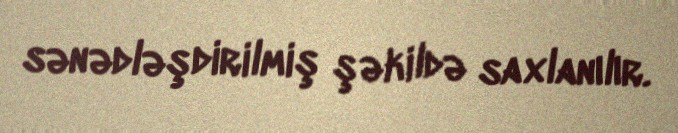
sənədləşdirilmiş şəkildə saxlanılır.